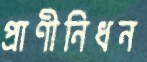
প্রাণীনিধন